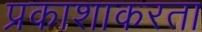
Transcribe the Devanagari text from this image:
प्रकाशाकरता